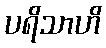
ပရိသာဟိ